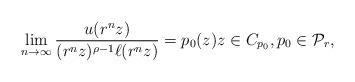
LaTeX: \begin{align*}\lim_{n \to \infty} \frac{u(r^n z)}{(r^n z)^{\rho -1} \ell(r^{n} z)} =p_0(z) z \in C_{p_0}, p_0 \in \mathcal{P}_{r},\end{align*}